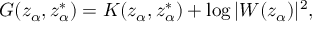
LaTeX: G ( z _ { \alpha } , z _ { \alpha } ^ { * } ) = K ( z _ { \alpha } , z _ { \alpha } ^ { * } ) + \log | W ( z _ { \alpha } ) | ^ { 2 } ,